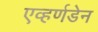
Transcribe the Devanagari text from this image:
एव्हर्णडेन